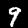
Digit: 9